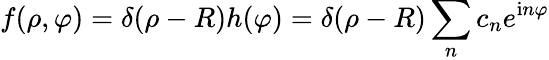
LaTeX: f(\rho,\varphi)=\delta(\rho-R)h(\varphi)=\delta(\rho-R)\sum_{n}c_{n}e^{\mathrm{i}n\varphi}